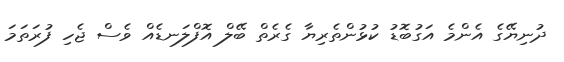
ދުނިޔޭގެ އެންމެ އަގުބޮޑު ކުޅުންތެރިޔާ ގެރެތް ބޭލް އޮފްލަނޑެއް ވެސް ޖެހި ފުރަތަމަ